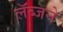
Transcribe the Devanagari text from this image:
लॅब्जने